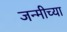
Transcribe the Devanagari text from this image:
जन्मीच्या